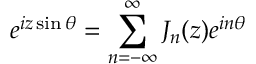
e ^ { i z \sin \theta } = \sum _ { n = - \infty } ^ { \infty } J _ { n } ( z ) e ^ { i n \theta }